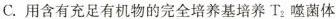
C. 用含有充足有机物的完全培养基培养 T_{2} 噬菌体